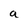
Character: a